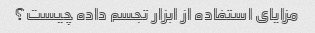
مزایای استفاده از ابزار تجسم داده چیست؟